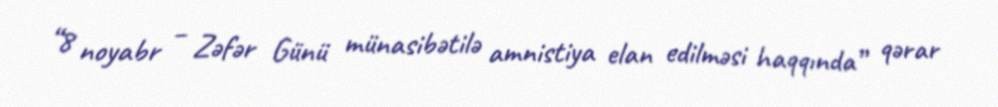
“8 noyabr – Zəfər Günü münasibətilə amnistiya elan edilməsi haqqında” qərar